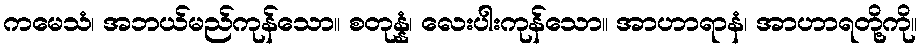
ကမေသံ၊ အဘယ်မည်ကုန်သော။ စတုန္နံ၊ လေးပါးကုန်သော။ အာဟာရာနံ၊ အာဟာရတို့ကို။